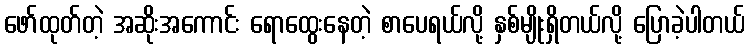
ဖော်ထုတ်တဲ့ အဆိုးအကောင်း ရောထွေးနေတဲ့ စာပေရယ်လို့ နှစ်မျိုးရှိတယ်လို့ ပြောခဲ့ပါတယ်